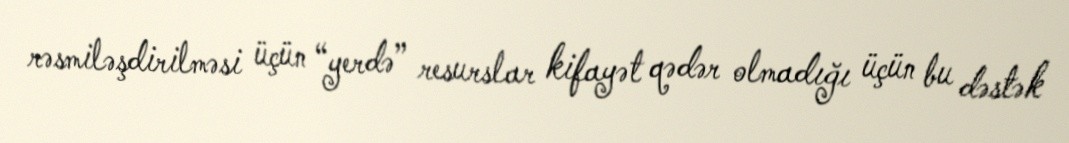
rəsmiləşdirilməsi üçün “yerdə” resurslar kifayət qədər olmadığı üçün bu dəstək